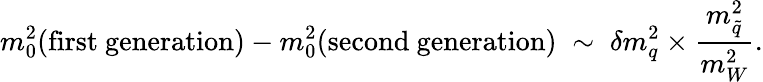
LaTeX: m_{0}^{2}(\mathrm{first~generation})-m_{0}^{2}(\mathrm{second~generation})\; \sim\; \delta m_{q}^{2}\times{\frac{m_{\tilde{q}}^{2}}{m_{W}^{2}}}.